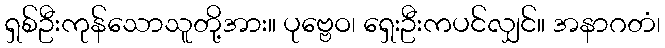
ရှစ်ဦးကုန်သောသူတို့အား။ ပုဗ္ဗေဝ၊ ရှေးဦးကပင်လျှင်။ အနာဂတံ၊